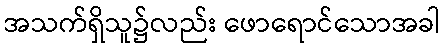
အသက်ရှိသူ၌လည်း ဖောရောင်သောအခါ